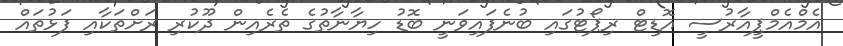
އެމްއެމްޕީއާރުސީ އޮޑިޓް ރިޕޯޓުގައި ބުނެފައިވަނީ ބޮޑު ހިޔާނާތުގެ ތެރެއިން ދޫކުރި ރަށްތަކާއި ފަޅުތައް